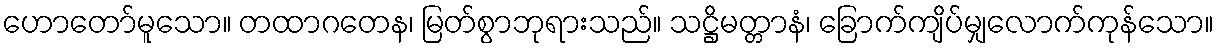
ဟောတော်မူသော။ တထာဂတေန၊ မြတ်စွာဘုရားသည်။ သဋ္ဌိမတ္တာနံ၊ ခြောက်ကျိပ်မျှလောက်ကုန်သော။